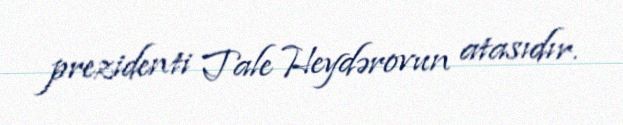
prezidenti Tale Heydərovun atasıdır.